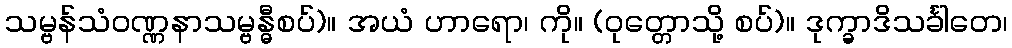
သမ္ဗန်သံဝဏ္ဏနာသမ္ဗန္ဓီစပ်)။ အယံ ဟာရော၊ ကို။ (ဝုတ္တောသို့ စပ်)။ ဒုက္ခာဒိသင်္ခါတေ၊